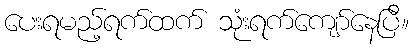
ပေးရမည့်ရက်ထက် သုံးရက်ကျော်နေပြီ။